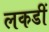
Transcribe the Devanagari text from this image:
लकडीं